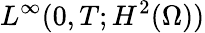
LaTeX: L^{\infty}(0,T;H^{2}(\Omega))